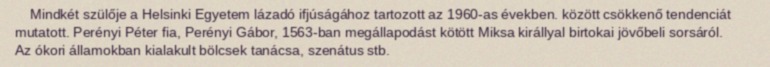
Mindkét szülője a Helsinki Egyetem lázadó ifjúságához tartozott az 1960-as években. között csökkenő tendenciát mutatott. Perényi Péter fia, Perényi Gábor, 1563-ban megállapodást kötött Miksa királlyal birtokai jövőbeli sorsáról. Az ókori államokban kialakult bölcsek tanácsa, szenátus stb.